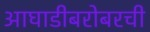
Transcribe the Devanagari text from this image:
आघाडीबरोबरची